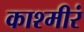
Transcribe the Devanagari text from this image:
काश्मीरं